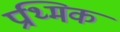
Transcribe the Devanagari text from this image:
प्रथ्मिक